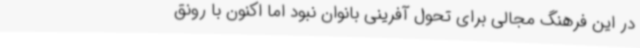
در این فرهنگ مجالی برای تحول آفرینی بانوان نبود اما اکنون با رونق